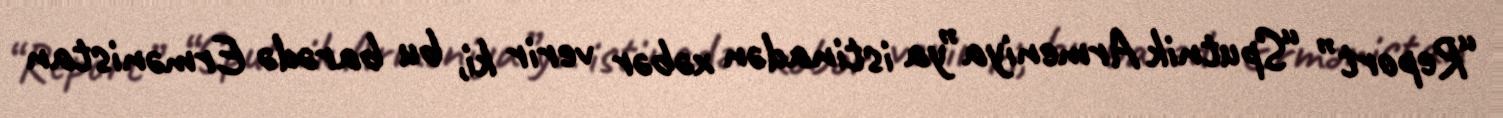
“Report” “Sputnik Armeniya”ya istinadən xəbər verir ki, bu barədə Ermənistan